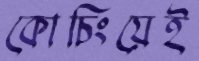
কোচিংয়েই